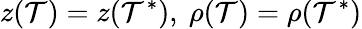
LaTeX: z(\mathcal{T})=z(\mathcal{T}^{*}),\ \rho(\mathcal{T})=\rho(\mathcal{T}^{*})